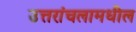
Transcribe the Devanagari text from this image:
उत्तरांचलामधील